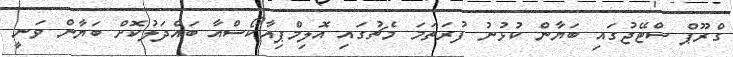
ގްރޫޕް ސްޓޭޖުގައި ބަޔާން ކުޅުނު ފުރަތަމަ މެޗުގައި އޮލިމްޕިއާކޯސްއާ ބައްދަލުކޮށް ބަޔާން ވަނީ